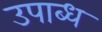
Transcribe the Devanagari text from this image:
उपाब्ध